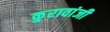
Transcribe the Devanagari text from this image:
कुरावांजी